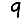
Digit: 9